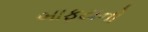
બાફટાનો